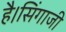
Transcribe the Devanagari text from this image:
है।सिंगाजी